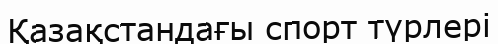
Қазақстандағы спорт түрлері